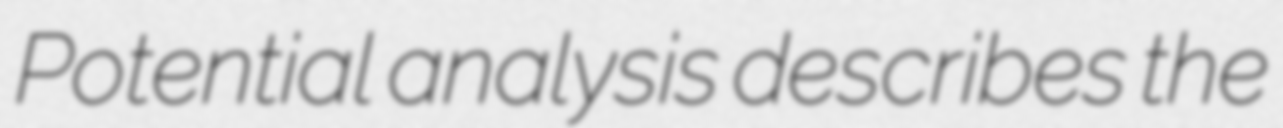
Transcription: Potential analysis describes the